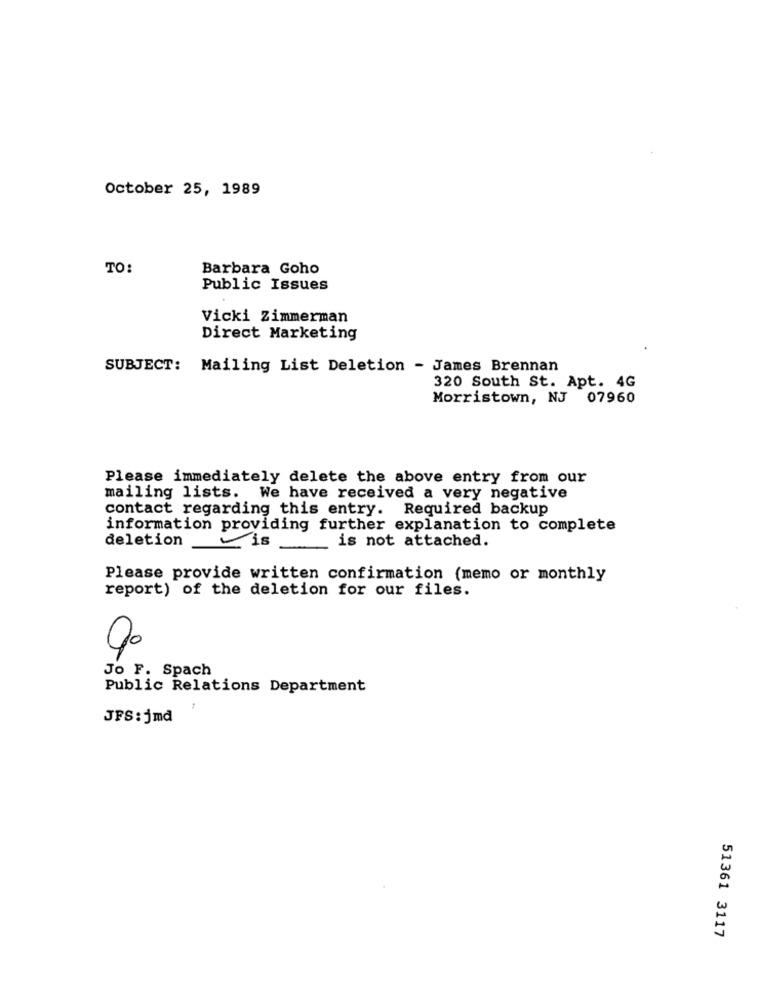
October 25, 1989
TO:
Barbara Goho
Public Issues
Vicki Zimmerman
Direct Marketing
SUBJECT: Mailing List Deletion - James Brennan
320 South St. Apt. 4G
Morristown, NJ 07960
Please immediately delete the above entry from our
mailing lists. We have received a very negative
contact regarding this entry. Required backup
information providing further explanation to complete
deletion
is
is not attached.
Please provide written confirmation (memo or monthly
report) of the deletion for our files.
Jo F. Spach
Public Relations Department
JFS: jmd
51361 3117